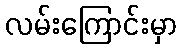
လမ်းကြောင်းမှာ